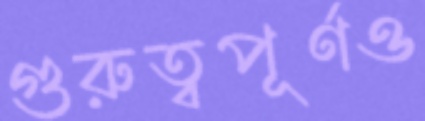
গুরুত্বপূর্ণও